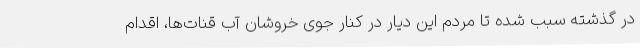
در گذشته سبب شده تا مردم این دیار در کنار جوی خروشان آب قنات‌ها، اقدام